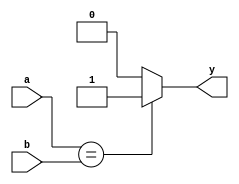
`timescale 10 ns / 1 ns

module compare1b(y, b, a);
  
  output y;
  input b,a;
  
  assign y = (a==b) ? 1:0;
  
endmodule